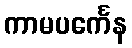
ကာမပင်္ကေန